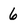
Character: 6